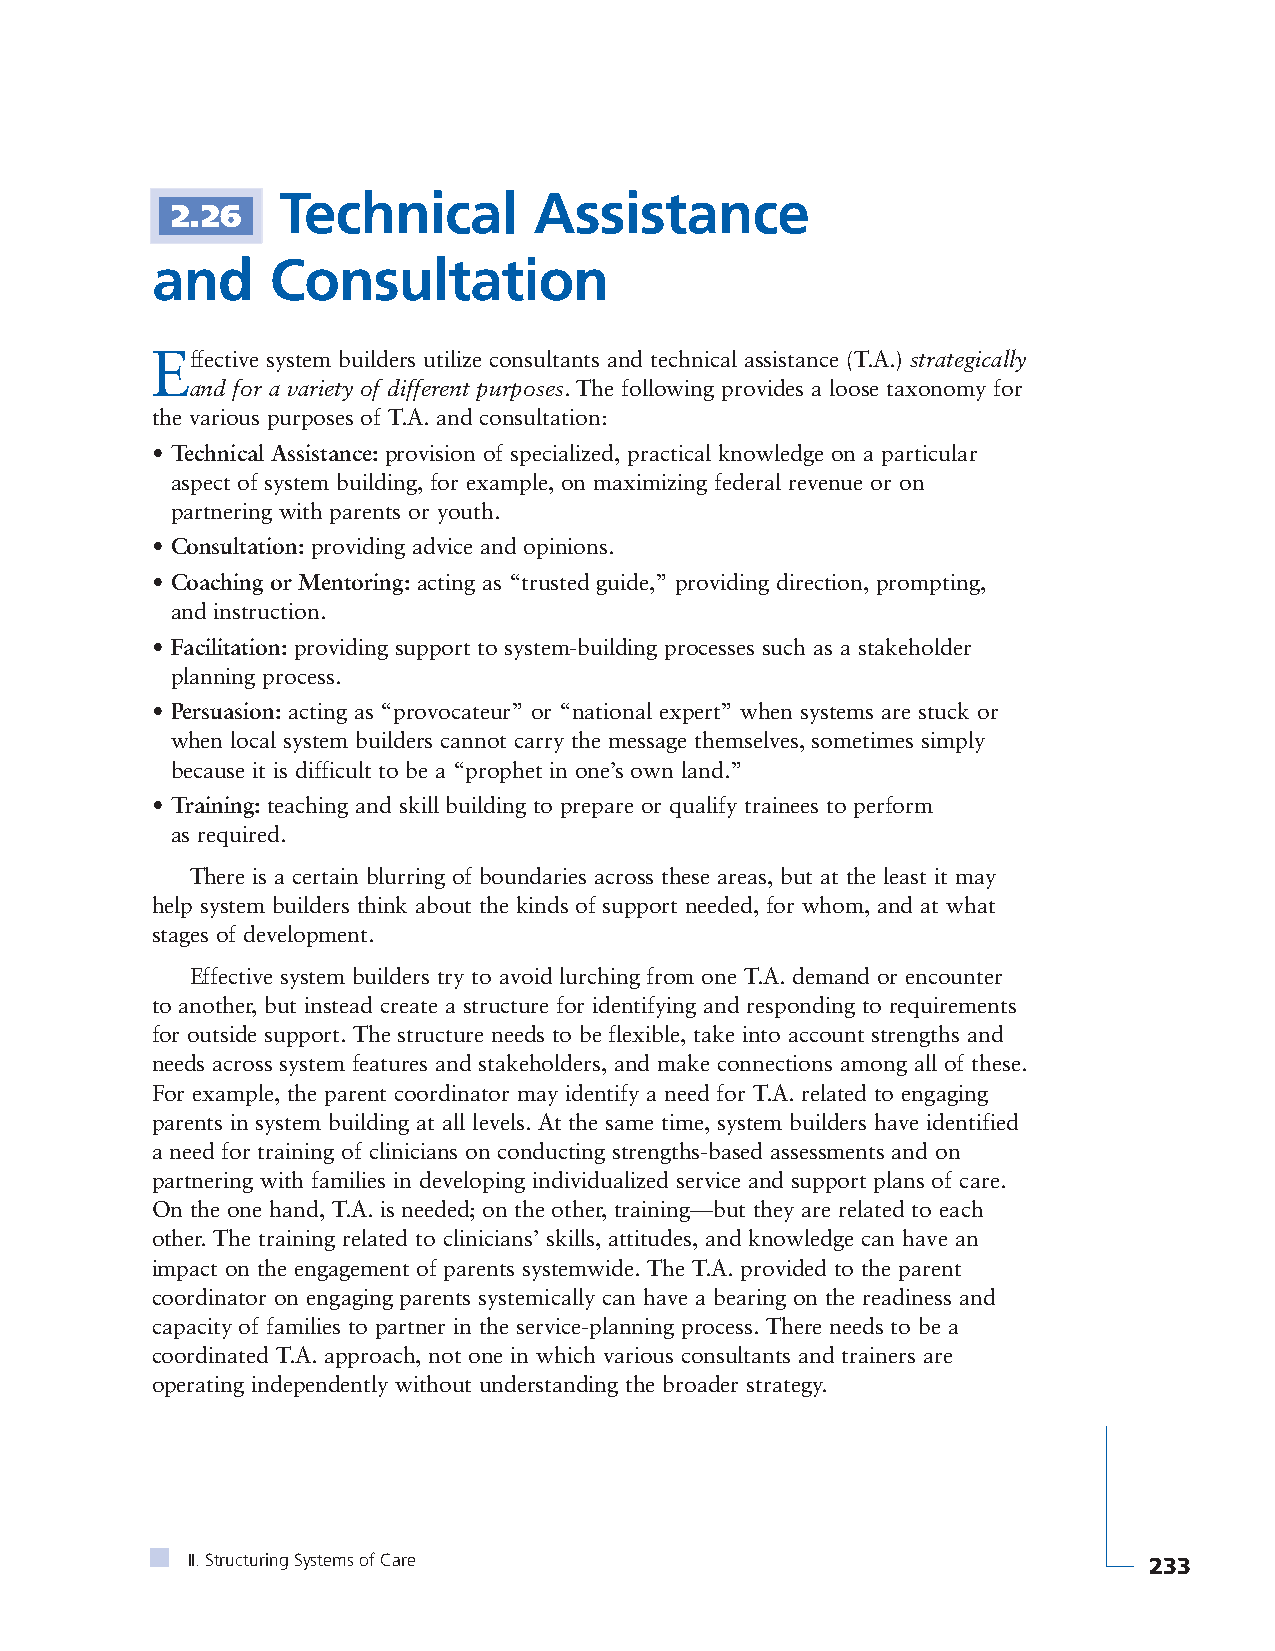
Technical        Assistance
 2.26
 and     Consultation
 Effective system builders utilize consultants and technical assistance (T.A.) strategically
 and for a variety of different purposes. The following provides a loose taxonomy for
 the various purposes of T.A. and consultation:
 • Technical Assistance: provision of specialized, practical knowledge on a particular
 aspect of system building, for example, on maximizing federal revenue or on
 partnering with parents or youth.
 • Consultation: providing advice and opinions.
 • Coaching or Mentoring: acting as “trusted guide,” providing direction, prompting,
 and instruction.
 • Facilitation: providing support to system-building processes such as a stakeholder
 planning process.
 • Persuasion: acting as “provocateur” or “national expert” when systems are stuck or
 when local system builders cannot carry the message themselves, sometimes simply
 because it is difficult to be a “prophet in one’s own land.”
 • Training: teaching and skill building to prepare or qualify trainees to perform
 as required.
 There is a certain blurring of boundaries across these areas, but at the least it may
 help system builders think about the kinds of support needed, for whom, and at what
 stages of development.
 Effective system builders try to avoid lurching from one T.A. demand or encounter
 to another, but instead create a structure for identifying and responding to requirements
 for outside support. The structure needs to be flexible, take into account strengths and
 needs across system features and stakeholders, and make connections among all of these.
 For example, the parent coordinator may identify a need for T.A. related to engaging
 parents in system building at all levels. At the same time, system builders have identified
 a need for training of clinicians on conducting strengths-based assessments and on
 partnering with families in developing individualized service and support plans of care.
 On the one hand, T.A. is needed; on the other, training—but they are related to each
 other. The training related to clinicians’ skills, attitudes, and knowledge can have an
 impact on the engagement of parents systemwide. The T.A. provided to the parent
 coordinator on engaging parents systemically can have a bearing on the readiness and
 capacity of families to partner in the service-planning process. There needs to be a
 coordinated T.A. approach, not one in which various consultants and trainers are
 operating independently without understanding the broader strategy.
 II. Structuring Systems of Care                                 233